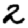
Digit: 2